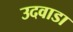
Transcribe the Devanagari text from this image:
उदवाडा